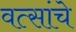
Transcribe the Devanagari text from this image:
वत्सांचे